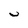
Character: U